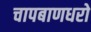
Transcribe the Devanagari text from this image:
चापबाणधरो